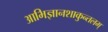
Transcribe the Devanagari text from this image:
आभिज्ञानशाकुन्तलम्